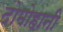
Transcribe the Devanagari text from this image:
दोमोहानी